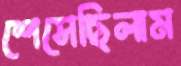
শেসেছিলাম